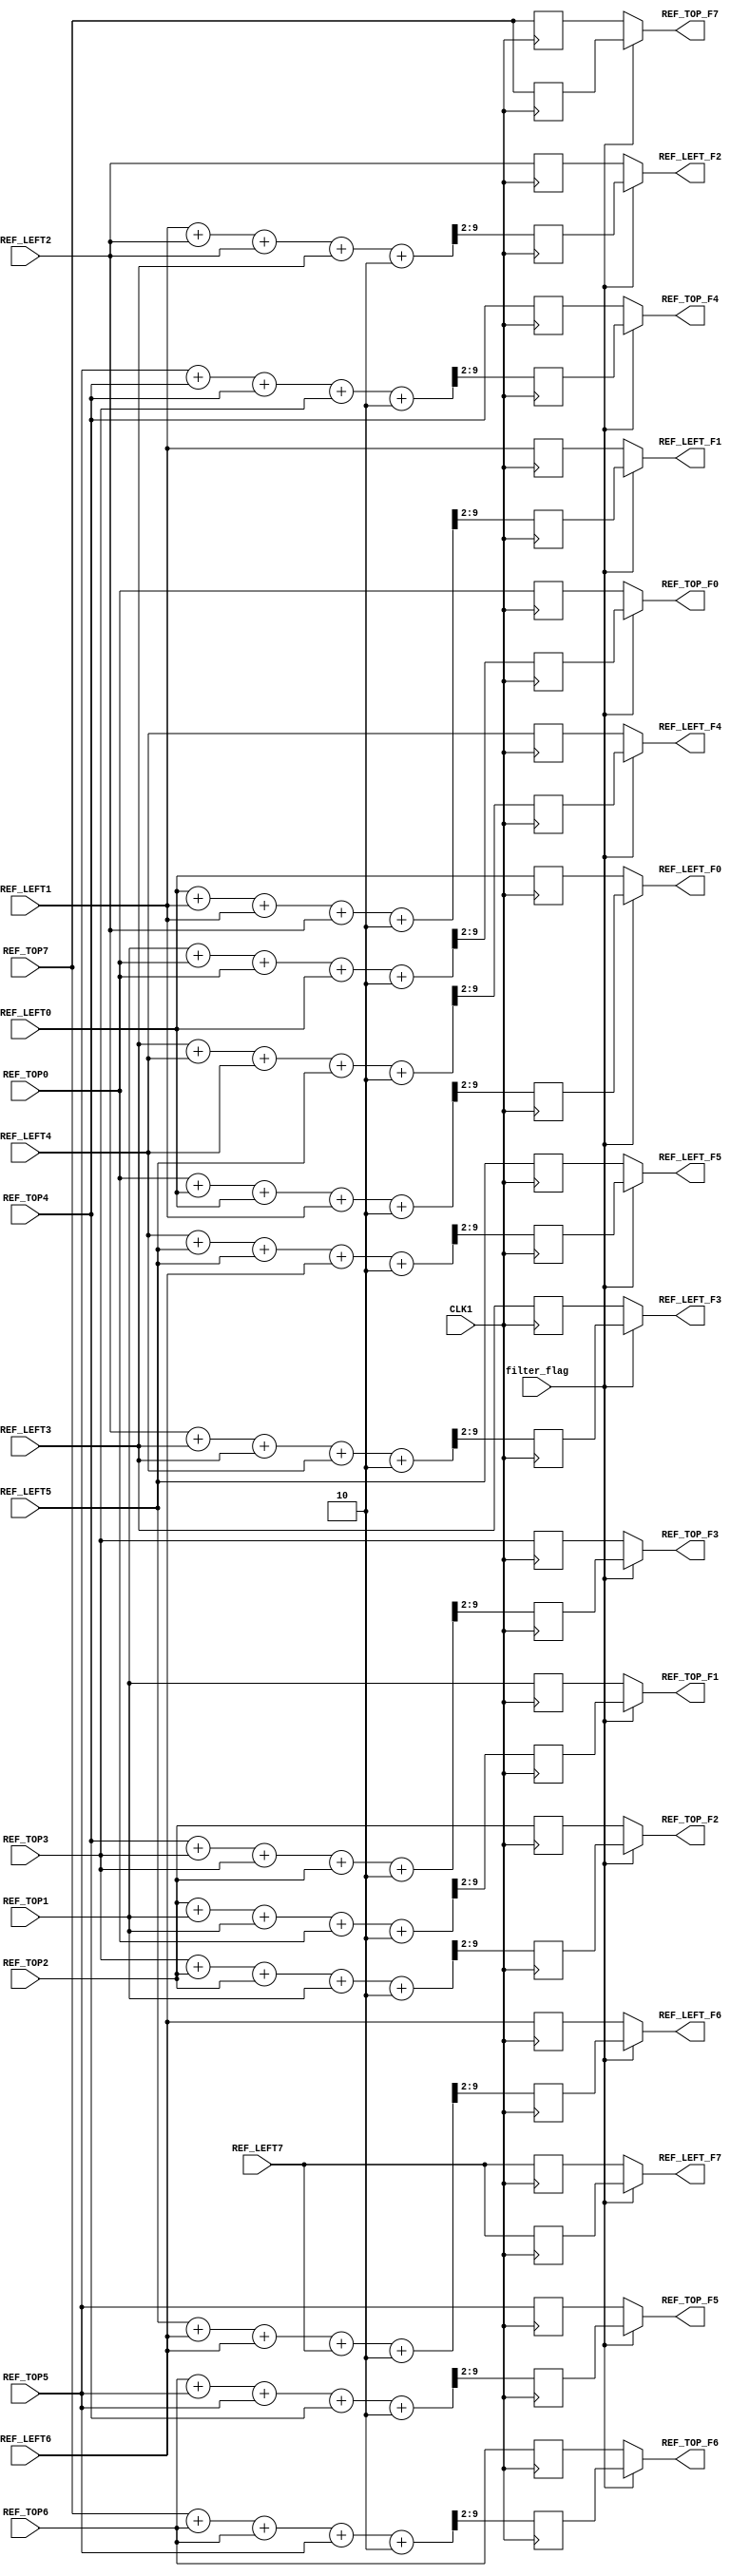
// 
module REF_FILTER
(
	input		CLK1,
	input 	filter_flag,
	
	input	[7:0]	REF_TOP0,
	input	[7:0]	REF_TOP1,
	input	[7:0]	REF_TOP2,
	input	[7:0]	REF_TOP3,
	input	[7:0]	REF_TOP4,
	input	[7:0]	REF_TOP5,
	input	[7:0]	REF_TOP6,
	input	[7:0]	REF_TOP7,
	
	input [7:0] REF_LEFT0,
	input [7:0] REF_LEFT1,
	input [7:0] REF_LEFT2,
	input [7:0] REF_LEFT3,
	input [7:0] REF_LEFT4,
	input [7:0] REF_LEFT5,
	input [7:0] REF_LEFT6,
	input [7:0] REF_LEFT7,
	
	output [7:0]	REF_TOP_F0,
	output [7:0]	REF_TOP_F1,
	output [7:0]	REF_TOP_F2,
	output [7:0]	REF_TOP_F3,
	output [7:0]	REF_TOP_F4,
	output [7:0]	REF_TOP_F5,
	output [7:0]	REF_TOP_F6,
	output [7:0]	REF_TOP_F7,
	output [7:0]	REF_LEFT_F0,
	output [7:0]	REF_LEFT_F1,
	output [7:0]	REF_LEFT_F2,
	output [7:0]	REF_LEFT_F3,
	output [7:0]	REF_LEFT_F4,
	output [7:0]	REF_LEFT_F5,
	output [7:0]	REF_LEFT_F6,
	output [7:0]	REF_LEFT_F7
);

	//Combine pixels
	wire [9:0]	reff[0:15];
	assign reff[0] = {2'b00,REF_TOP7};
	assign reff[1] = {2'b00,REF_TOP6};
	assign reff[2] = {2'b00,REF_TOP5};
	assign reff[3] = {2'b00,REF_TOP4};
	assign reff[4] = {2'b00,REF_TOP3};
	assign reff[5] = {2'b00,REF_TOP2};
	assign reff[6] = {2'b00,REF_TOP1};
	assign reff[7] = {2'b00,REF_TOP0};
	assign reff[8] = {2'b00,REF_LEFT0};
	assign reff[9] = {2'b00,REF_LEFT1};
	assign reff[10] = {2'b00,REF_LEFT2};
	assign reff[11] = {2'b00,REF_LEFT3};
	assign reff[12] = {2'b00,REF_LEFT4};
	assign reff[13] = {2'b00,REF_LEFT5};
	assign reff[14] = {2'b00,REF_LEFT6};
	assign reff[15] = {2'b00,REF_LEFT7};
	
	//Filterring
	reg [9:0] REF_FILT[0:15];
	reg [9:0] REF_FILT1[0:15];
	reg [7:0] ref_left_f[0:7];
	reg [7:0] ref_top_f[0:7];
	reg [7:0] ref_top_uf[0:7];
	reg [7:0] ref_left_uf[0:7];
	integer i;
	
	always @(posedge CLK1)
	begin
		REF_FILT[0] = reff[0];
		REF_FILT[15] = reff[15];
		REF_FILT1[0] = reff[0];
		REF_FILT1[15] = reff[15];
		for(i=1;i<15;i=i+1)
		begin:reff_filtering
			REF_FILT[i] = (reff[i-1] + reff[i]+reff[i] + reff[i+1] + 10'd2);
			REF_FILT1[i] = REF_FILT[i]>>2;
		end
		
		for(i=0;i<8;i=i+1)
		begin:ref_top_output
			ref_top_f[i] = REF_FILT1[7-i][7:0];
			ref_top_uf[i] = reff[7-i][7:0];
		end
		
		for(i=0;i<8;i=i+1)
		begin:ref_left_output
			ref_left_f[i] = REF_FILT1[8+i][7:0];
			ref_left_uf[i] = reff[8+i][7:0];
		end
	end
	
	assign REF_TOP_F0 = filter_flag==1'b1 ? ref_top_f[0] : ref_top_uf[0];
	assign REF_TOP_F1 = filter_flag==1'b1 ? ref_top_f[1] : ref_top_uf[1];
	assign REF_TOP_F2 = filter_flag==1'b1 ? ref_top_f[2] : ref_top_uf[2];
	assign REF_TOP_F3 = filter_flag==1'b1 ? ref_top_f[3] : ref_top_uf[3];
	assign REF_TOP_F4 = filter_flag==1'b1 ? ref_top_f[4] : ref_top_uf[4];
	assign REF_TOP_F5 = filter_flag==1'b1 ? ref_top_f[5] : ref_top_uf[5];
	assign REF_TOP_F6 = filter_flag==1'b1 ? ref_top_f[6] : ref_top_uf[6];
	assign REF_TOP_F7 = filter_flag==1'b1 ? ref_top_f[7] : ref_top_uf[7];
	
	assign REF_LEFT_F0 = filter_flag==1'b1 ? ref_left_f[0] : ref_left_uf[0];
	assign REF_LEFT_F1 = filter_flag==1'b1 ? ref_left_f[1] : ref_left_uf[1];
	assign REF_LEFT_F2 = filter_flag==1'b1 ? ref_left_f[2] : ref_left_uf[2];
	assign REF_LEFT_F3 = filter_flag==1'b1 ? ref_left_f[3] : ref_left_uf[3];
	assign REF_LEFT_F4 = filter_flag==1'b1 ? ref_left_f[4] : ref_left_uf[4];
	assign REF_LEFT_F5 = filter_flag==1'b1 ? ref_left_f[5] : ref_left_uf[5];
	assign REF_LEFT_F6 = filter_flag==1'b1 ? ref_left_f[6] : ref_left_uf[6];
	assign REF_LEFT_F7 = filter_flag==1'b1 ? ref_left_f[7] : ref_left_uf[7];
	
	endmodule